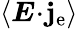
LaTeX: \left<\boldsymbol{E}\! \cdot\! \boldsymbol{\mathbf{j}}_{\mathrm{{e}}}\right>